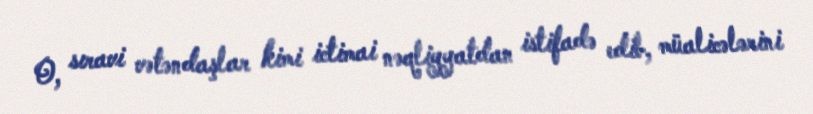
O, sıravi vətəndaşlar kimi ictimai nəqliyyatdan istifadə edib, müalicələrini